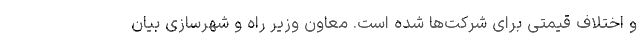
و اختلاف قیمتی برای شرکت‌ها شده است. معاون وزیر راه و شهرسازی بیان